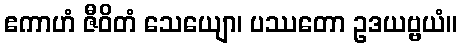
ဧကာဟံ ဇီဝိတံ သေယျော၊ ပဿတော ဥဒယဗ္ဗယံ။